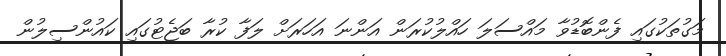
މަގުތަކުގައި ފެންބޮޑުވާ މައްސަލަ ހައްލުކުރަން އަންނަ އަހަރަށް ލަފާ ކުރާ ބަޖެޓުގައި ކައުންސިލުން